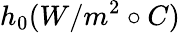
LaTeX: h_{0}(W/m^{2}\circ C)